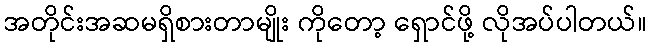
အတိုင်းအဆမရှိစားတာမျိုး ကိုတော့ ရှောင်ဖို့ လိုအပ်ပါတယ်။